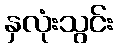
နှလုံးသွင်း